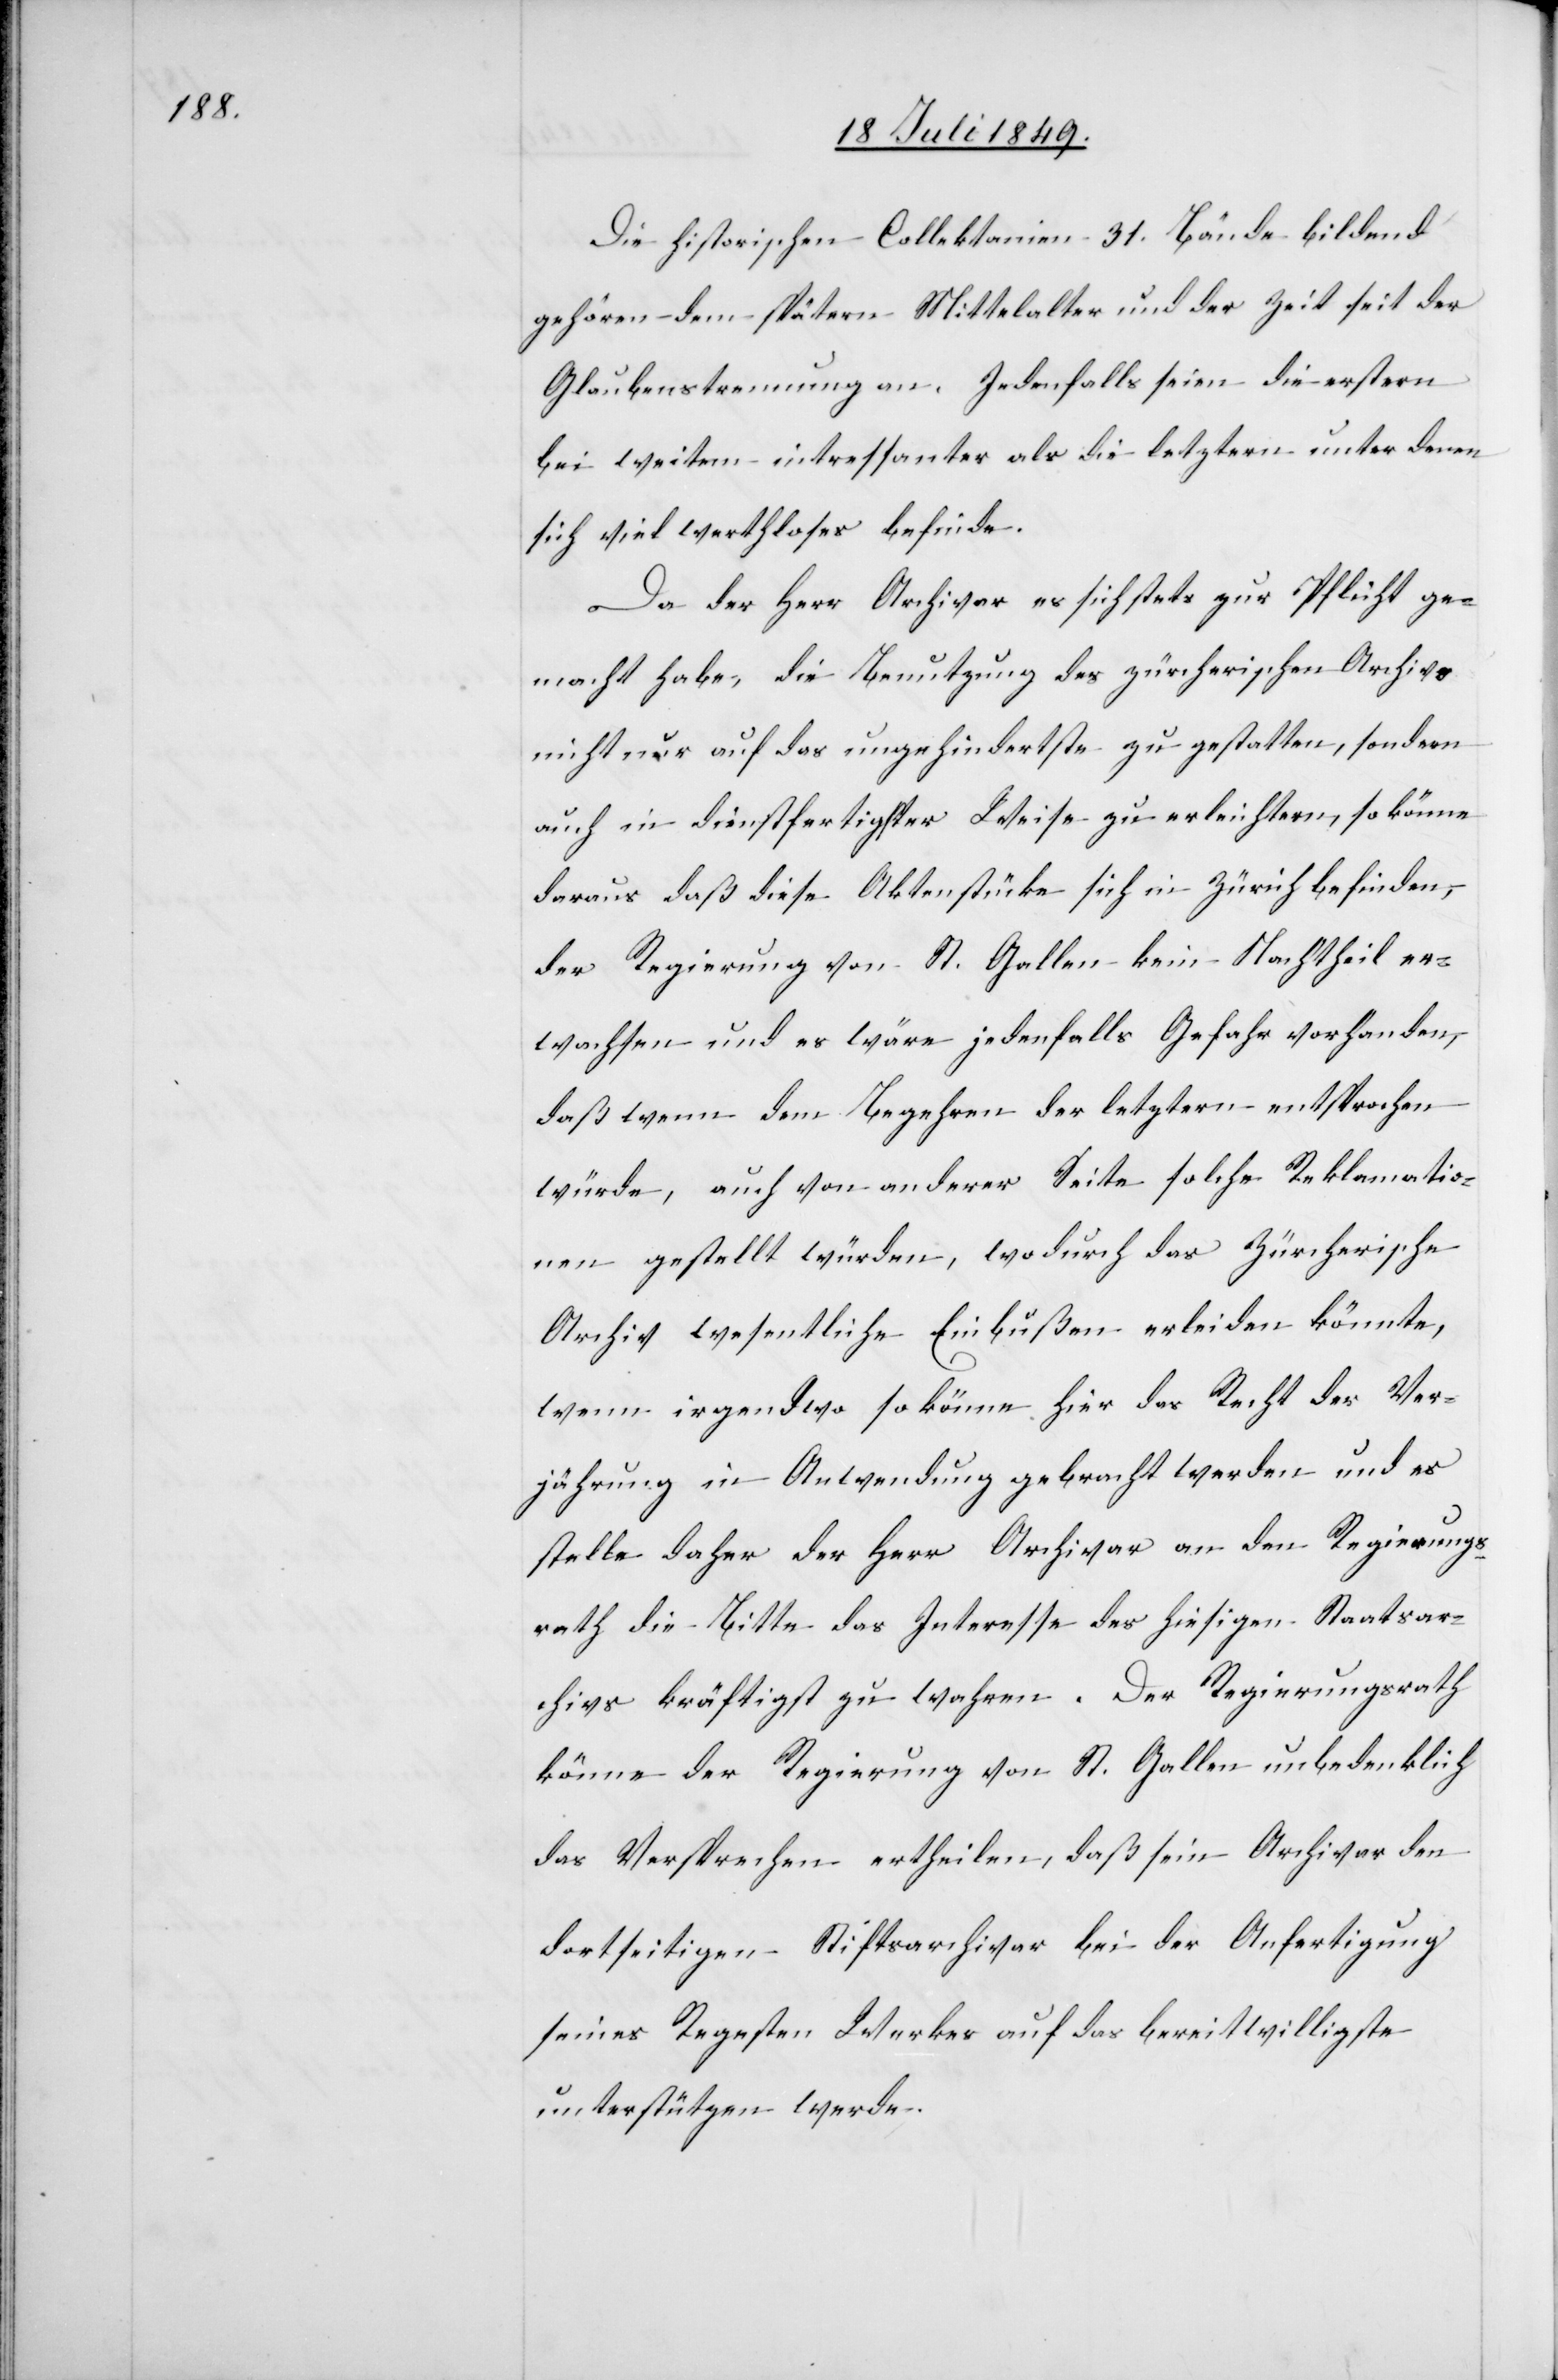
Die historischen Collektanien 31. Bände bildend
gehören dem spätern Mittelalter und der Zeit seit der
Glaubenstrennung an. Jedenfalls seien die erstern
bei weitem intressanter als die letztern[,] unter denen
sich viel werthloses befinde.
Da der Herr Archivar es sich stets zur Pflicht ge¬
macht habe, die Benutzung des zürcherischen Archiv
nicht nur auf das ungehindertste zu gestatten, sondern
auch in dienstfertigster Weise zu erleichtern, so könne
daraus daß diese Aktenstücke sich in Zürich befinden,
der Regierung von St. Gallen kein Nachtheil er¬
wachsen und es wäre jedenfalls Gefahr vorhanden,
daß wenn dem Begehren der letztern entsprochen
würde, auch von anderer Seite solche Reklamatio¬
nen gestellt würden, wodurch das Zürcherische
Archiv wesentliche Einbußen erleiden könnte,
wenn irgendwo so könne hier das Recht der Ver¬
jährung in Anwendung gebracht werden und es
stelle daher der Herr Archivar an den Regierungs¬
rath die Bitte das Interesse des hiesigen Staatsar¬
chivs kräftigst zu wahren. Der Regierungsrath
könne der Regierung von St. Gallen unbedenklich
das Versprechen ertheilen, daß sein Archivar den
dortseitigen Stiftsarchivar bei der Anfertigung
seines Regesten Werkes auf das bereitwilligste
unterstützen werde.